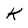
Character: K